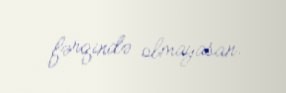
fərqində olmayasan.